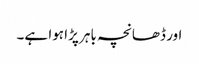
اور ڈھانچہ باہر پڑا ہوا ہے۔